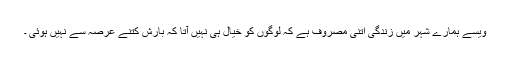
ویسے ہمارے شہر میں زندگی اتنی مصروف ہے کہ لوگوں کو خیال ہی نہیں آتا کہ بارش کتنے عرصہ سے نہیں ہوئی ۔